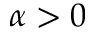
\alpha > 0